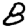
Digit: 8